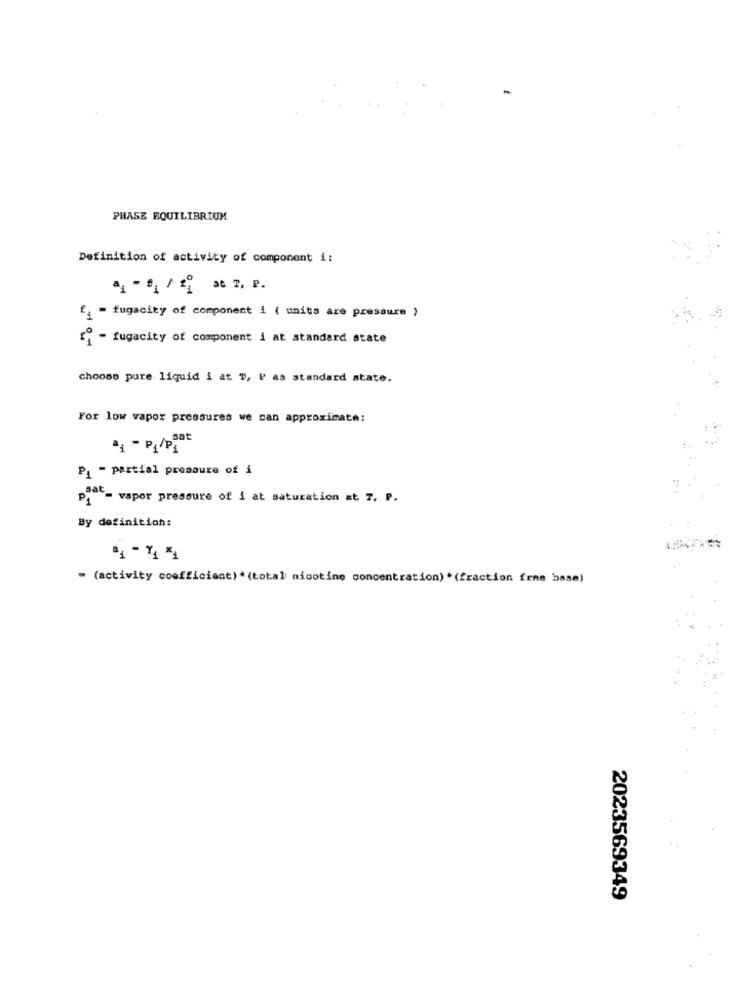
PHASE EQUILIBRIUM
Definition of activity of component i:
f. - fugacity of component i ( units are pressure )
[ - fugacity of component i at standard state
choose pure liquid i at T, l' as standard state.
For low vapor pressures we can approximate:
*4 - P1/pj
P1 - partial pressure of i
piac- vapor pressure of i at saturation at 7, P.
By definition:
4-44
- (activity coefficient) * (total nicotine concentration) *(fraction frne base)
2023569349